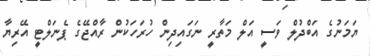
ޔަމަނުގެ އަބްދުލް ވަސީ އަލް މަތާރީ ނަގައިދިން ހުރަހަކުން ރާއްޖޭގެ ޕެނަލްޓީ އޭރިޔާ